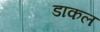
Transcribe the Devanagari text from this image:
डाकल